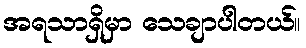
အရသာရှိမှာ သေချာပါတယ်။